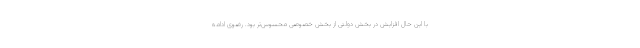
با این حال افزایش در بخش دولتی از بخش خصوصی محسوس‌تر بود. رضوی ادامه